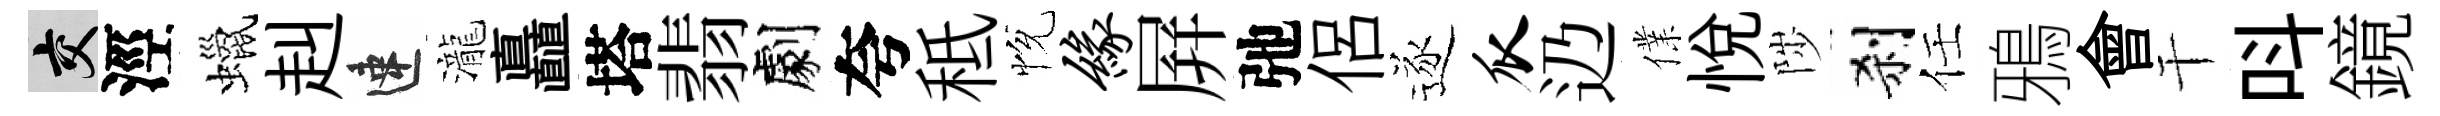
交涇蠟赳速瀧矗塔翡劇夸秪恱缘屛弛侶逐瓜辸㒒悦陟刹任鴉會干呌鏡